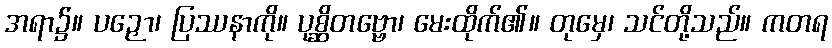
အရာ၌။ ပဉှော၊ ပြဿနာကို။ ပုစ္ဆိတဗ္ဗော၊ မေးထိုက်၏။ တုမှေ၊ သင်တို့သည်။ ကတရ